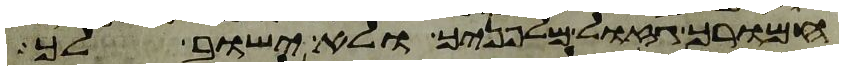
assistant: חמורך גזול מלפניך ולא ישוב לך